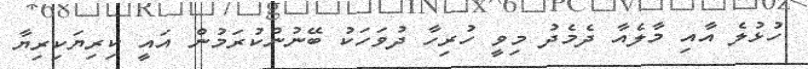
ހުޅުލެ އާއި މާލެއާ ދެމެދު މިވީ ހުރިހާ ދުވަހަކު ބޭނުންކުރަމުން އައީ ކިރިޔަކިރިޔާ